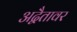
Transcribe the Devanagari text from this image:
अद्वैतावर